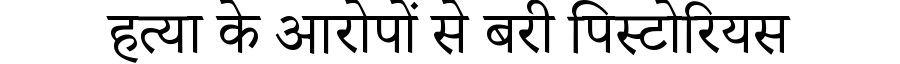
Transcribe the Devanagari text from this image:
हत्या के आरोपों से बरी पिस्टोरियस